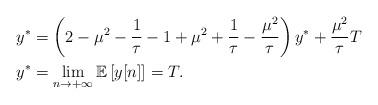
LaTeX: \begin{align*}y^* &= \left( 2 -\mu^2-\frac{1}{\tau} -1+\mu^2 + \frac{1}{\tau} - \frac{\mu^2}{\tau} \right) y^* + \frac{\mu^2}{\tau}T \\y^* &= \lim_{n\rightarrow +\infty} \mathbb{E}\left[ y[n] \right] = T.\end{align*}